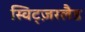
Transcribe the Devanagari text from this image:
स्विट्ज़रलैड